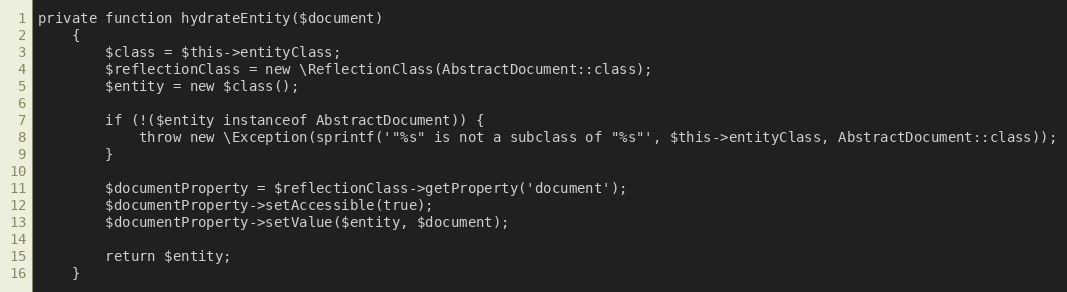
Language: PHP
private function hydrateEntity($document)
    {
        $class = $this->entityClass;
        $reflectionClass = new \ReflectionClass(AbstractDocument::class);
        $entity = new $class();

        if (!($entity instanceof AbstractDocument)) {
            throw new \Exception(sprintf('"%s" is not a subclass of "%s"', $this->entityClass, AbstractDocument::class));
        }

        $documentProperty = $reflectionClass->getProperty('document');
        $documentProperty->setAccessible(true);
        $documentProperty->setValue($entity, $document);

        return $entity;
    }